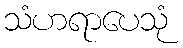
သံဟရာပေသုံ